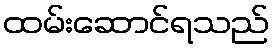
ထမ်းဆောင်ရသည်